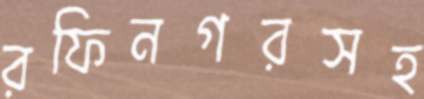
রফিনগরসহ